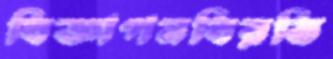
বিজ্ঞাপনবিরতি